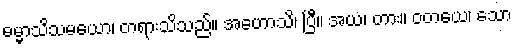
ဓမ္မာသိသမယော၊ တရားသိသည်။ အဟောသိ၊ ပြီ။ အယံ၊ တား။ ဝတယေ၊ သော